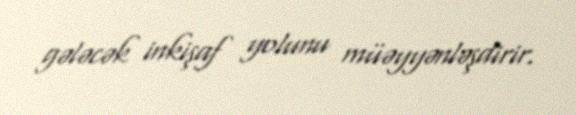
gələcək inkişaf yolunu müəyyənləşdirir.